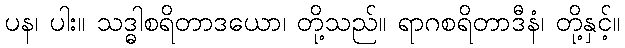
ပန၊ ပါး။ သဒ္ဓါစရိတာဒယော၊ တို့သည်။ ရာဂစရိတာဒီနံ၊ တို့နှင့်။